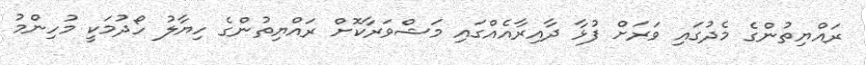
ރައްޔިތުންގެ މެދުގައި ވަރަށް ފުޅާ ދާއިރާއެއްގައި މަޝްވަރާކޮށް ރައްޔިތުންގެ ހިޔާލު ހޯދުމަކީ މުހިންމު